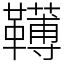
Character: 䪇